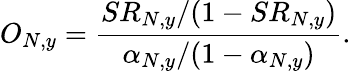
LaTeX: O_{N,y}=\frac{SR_{N,y}/(1-SR_{N,y})}{\alpha_{N,y}/(1-\alpha_{N,y})}.